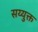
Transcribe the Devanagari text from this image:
सय्युक्त